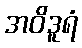
အဝိဒူရံ